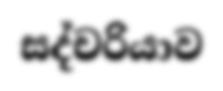
සද්චරියාව